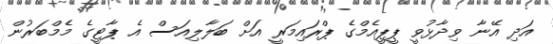
އަދި އޭނާ ވިދާޅުވީ ޕީޕީއެމްގެ ޕްރައިމަރީ އަށް ބަލާލިއަސް އެ ޕާޓީގެ މެމްބަރުން